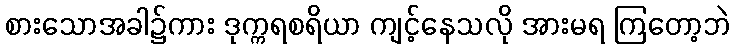
စားသောအခါ၌ကား ဒုက္ကရစရိယာ ကျင့်နေသလို အားမရ ကြတော့ဘဲ